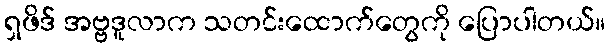
ရှဖိဒ် အဗ္ဗဒူလာက သတင်းထောက်တွေကို ပြောပါတယ်။